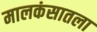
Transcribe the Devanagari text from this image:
मालकंसातला